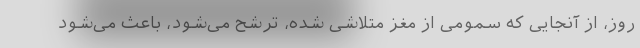
روز، از آنجایی که سمومی از مغز متلاشی شده، ترشح می‌شود، باعث می‌شود